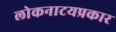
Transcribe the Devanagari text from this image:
लोकनाटयप्रकार